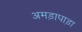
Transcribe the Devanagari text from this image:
अमड़ापाड़ा